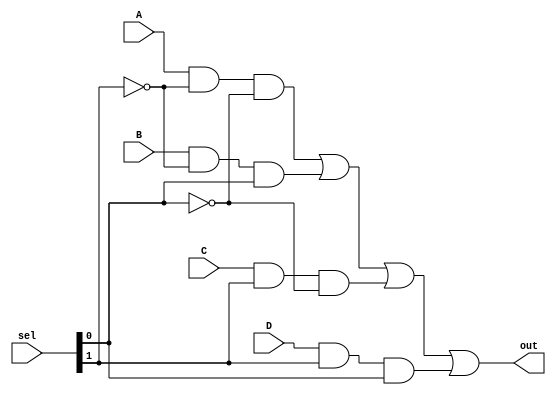
`timescale 1ns / 1ps
//////////////////////////////////////////////////////////////////////////////////
// Company: 
// Engineer: 
// 
// Design Name: 
// Module Name: mux
// Project Name: 
// Target Devices: 
// Tool Versions: 
// Description: 
// 
// Dependencies: 
// 
// Revision:
// Revision 0.01 - File Created
// Additional Comments:
// 
//////////////////////////////////////////////////////////////////////////////////


module mux(A,B,C,D,sel,out);
    input A,B,C,D;
    input [1:0] sel;
    wire output1, output2, output3, output4;
    wire not0, not1;
    output out;
    
    //Get the inverted select values
    not(not0, sel[0]);
    not(not1, sel[1]);
    
    //Only one of the following will be true
    and(output1, A, not1, not0);
    and(output2, B, not1, sel[0]);
    and(output3, C, sel[1], not0);
    and(output4, D, sel[1], sel[0]);
    
    //select the output from the 4 and operations
    or(out, output1, output2, output3, output4);
    
endmodule